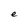
Character: e